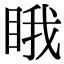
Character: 睋